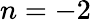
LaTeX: n=-2